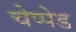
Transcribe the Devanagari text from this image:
चेप्पेड